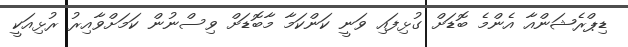
ޑިޕްރެޝަންއާ އެންމެ ބޮޑަށް ގުޅިފައި ވަނީ ކަންކަމާ މާބޮޑަށް ވިސްނުން ކަމަށްވާއިރު ރުޅިއަކީ